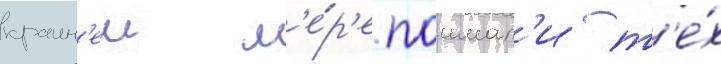
краин'еи м'е́р'е поимал'и т'е́х